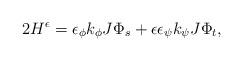
LaTeX: \begin{align*}2H^{\epsilon}=\epsilon_{\phi}k_{\phi}J\Phi_s+\epsilon \epsilon_{\psi}k_{\psi}J\Phi_t,\end{align*}